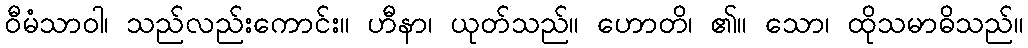
ဝီမံသာဝါ၊ သည်လည်းကောင်း။ ဟီနာ၊ ယုတ်သည်။ ဟောတိ၊ ၏။ သော၊ ထိုသမာဓိသည်။